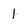
Character: 1